Leaving Certificate Examination, 1914
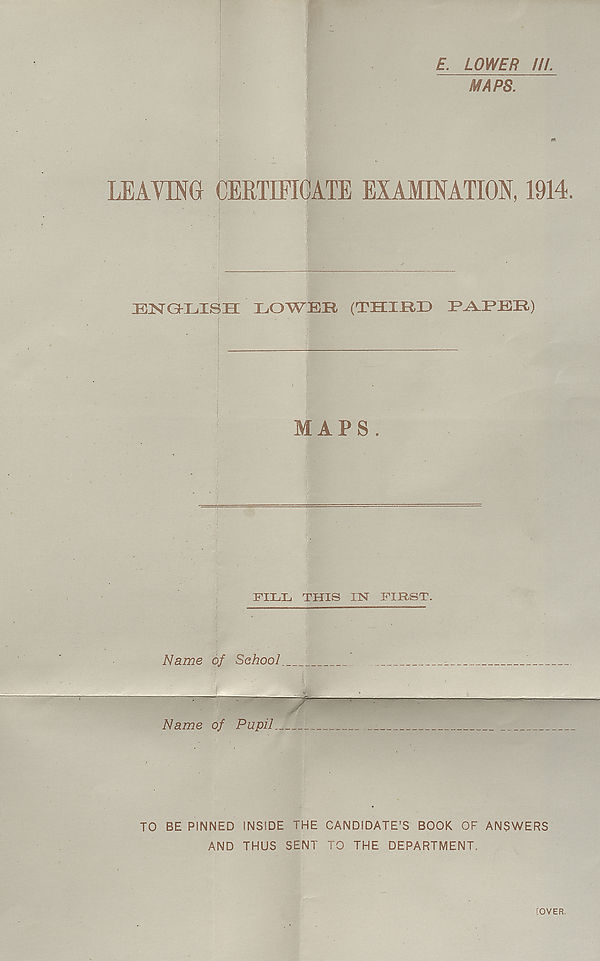
£. LOWER ///.
MAPS.
LEAVING CERTIFICATE EXAMINATION, 1914.
EISTGELISM IX) WE It (THIRD TTYEER)
MAPS.
FILL, THIS IN FIRST.
Name of School
Name of Pupil.
TO BE PINNED INSIDE THE CANDIDATE’S BOOK OF ANSWERS
AND THUS SENT TO THE DEPARTMENT,
[OVER.